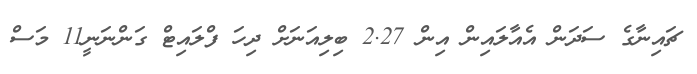
ޗައިނާގެ ސަދަން އެއާލައިން އިން 2.27 ބިލިއަނަށް ދިހަ ފްލައިޓް ގަންނަނީ11 މަސް